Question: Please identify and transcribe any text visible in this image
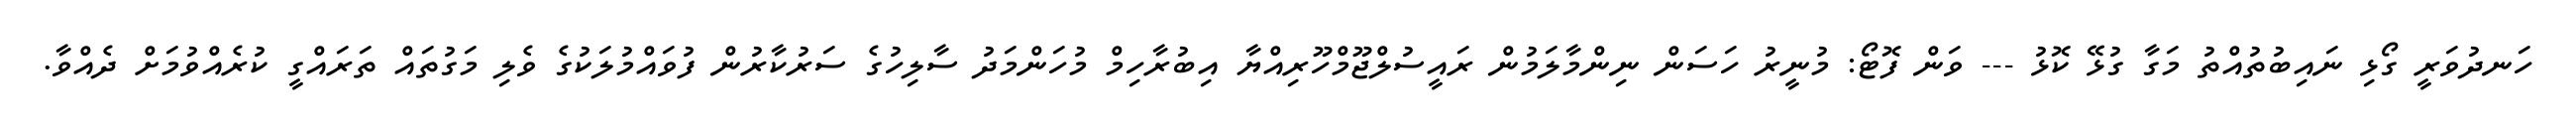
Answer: ހަނދުވަރީ ގޯޅި ނައިބުތުއްތު މަގާ ގުޅޭ ކޮޅު --- ވަން ފޮޓޯ: މުނީރު ހަސަން ނިންމާލަމުން ރައީސުލްޖޫމްހޫރިއްޔާ އިބުރާހިމް މުހަންމަދު ސާލިހުގެ ސަރުކާރުން ފުވައްމުލަކުގެ ވެލި މަގުތައް ތަރައްގީ ކުރެއްވުމަށް ދެއްވާ.